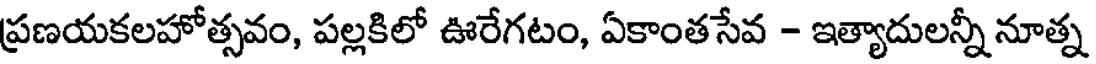
ప్రణయకలహోత్సవం, పల్లకిలో ఊరేగటం, ఏకాంతసేవ - ఇత్యాదులన్నీ నూత్న